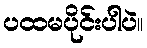
ပထမပိုင်းပါပဲ။